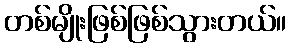
တစ်မျိုးဖြစ်ဖြစ်သွားတယ်။